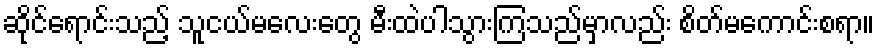
ဆိုင်ရောင်းသည့် သူငယ်မလေးတွေ မီးထဲပါသွားကြသည်မှာလည်း စိတ်မကောင်းစရာ။